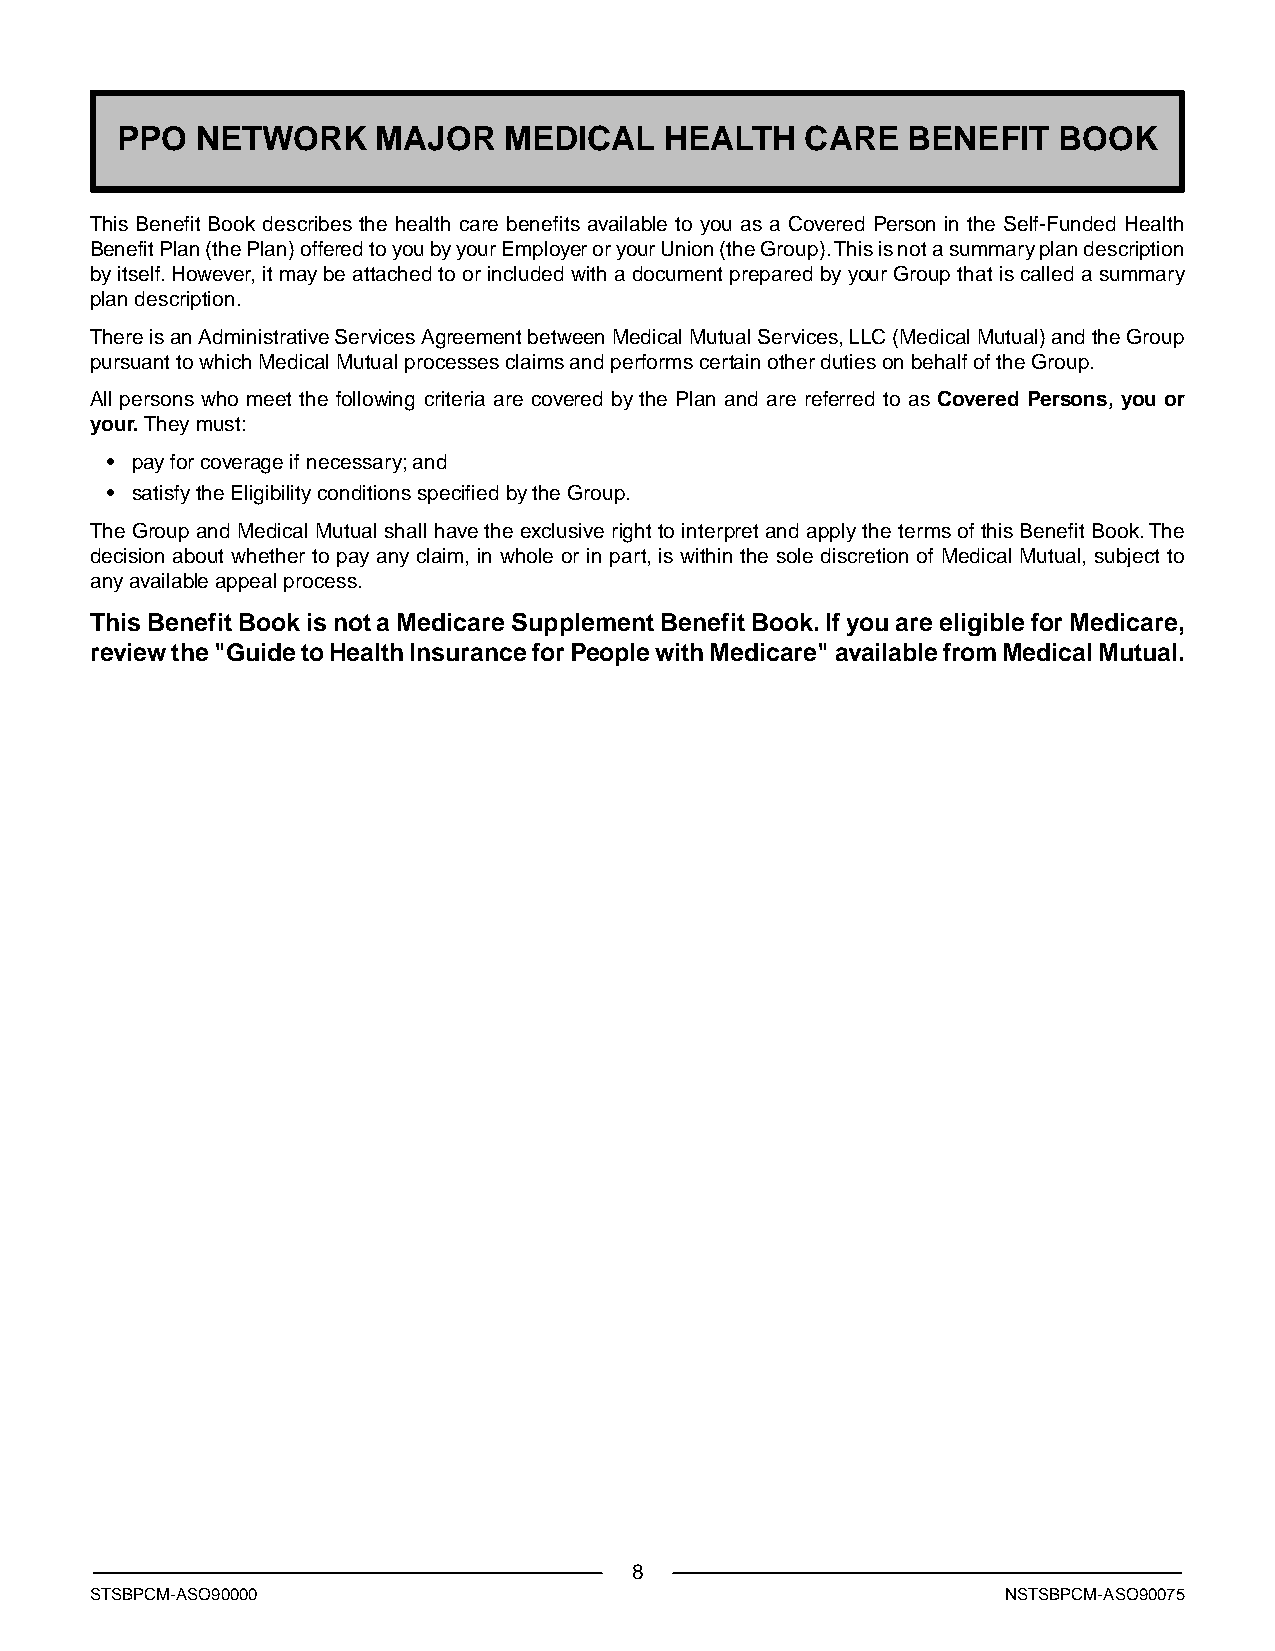
PPO  NETWORK     MAJOR   MEDICAL    HEALTH   CARE   BENEFIT   BOOK
 This Benefit Book describes the health care benefits available to you as a Covered Person in the Self-Funded Health
 Benefit Plan (the Plan) offered to you by your Employer or your Union (the Group).This is not a summary plan description
 by itself. However, it may be attached to or included with a document prepared by your Group that is called a summary
 plan description.
 There is an Administrative Services Agreement between Medical Mutual Services, LLC (Medical Mutual) and the Group
 pursuant to which Medical Mutual processes claims and performs certain other duties on behalf of the Group.
 All persons who meet the following criteria are covered by the Plan and are referred to as Covered Persons, you or
 your.They must:
 • pay for coverage if necessary; and
 • satisfy the Eligibility conditions specified by the Group.
 The Group and Medical Mutual shall have the exclusive right to interpret and apply the terms of this Benefit Book.The
 decision about whether to pay any claim, in whole or in part, is within the sole discretion of Medical Mutual, subject to
 any available appeal process.
 This Benefit Book is not a Medicare Supplement Benefit Book. If you are eligible for Medicare,
 review the "Guide to Health Insurance for People with Medicare" available from Medical Mutual.
 8
 STSBPCM-ASO90000                                             NSTSBPCM-ASO90075